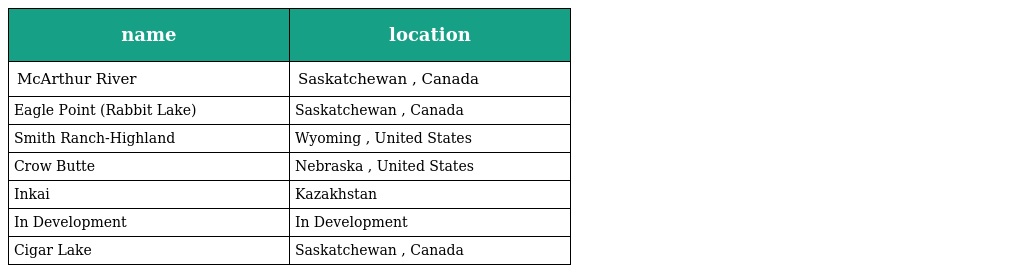
| name | location |
 | --- | --- |
 | McArthur River | Saskatchewan , Canada |
 | Eagle Point (Rabbit Lake) | Saskatchewan , Canada |
 | Smith Ranch-Highland | Wyoming , United States |
 | Crow Butte | Nebraska , United States |
 | Inkai | Kazakhstan |
 | In Development | In Development |
 | Cigar Lake | Saskatchewan , Canada |